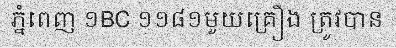
ភ្នំពេញ ១BC ១១៨១មួយគ្រឿង ត្រូវបាន